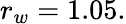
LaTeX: r_{w}=1.05.